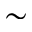
\sim